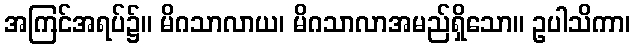
အကြင်အရပ်၌။ မိဂသာလာယ၊ မိဂသာလာအမည်ရှိသော။ ဥပါသိကာ၊